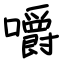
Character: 嚼